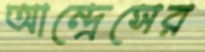
আন্দ্রেসের